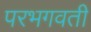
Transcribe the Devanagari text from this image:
परभगवती